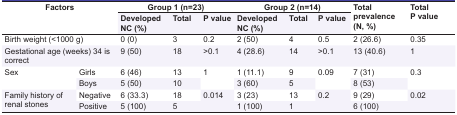
| <ROWSPAN=2-COLSPAN=2> Factors | <COLSPAN=3> Group 1 (n=23) | <COLSPAN=3> Group 2 (n=14) | <ROWSPAN=2> Total prevalence(N, %) | <ROWSPAN=2> Total P value |
 | Developed NC (%) | Total | P value | Developed NC (%) | Total | P value |
 | --- | --- | --- | --- | --- | --- | --- | --- | --- | --- |
 | <COLSPAN=2> Birth weight (<1000 g) | 0 (0) | 3 | 0.2 | 2 (50) | 4 | 0.5 | 2 (26.6) | 0.35 |
 | <COLSPAN=2> Gestational age (weeks) 34 is correct | 9 (50) | 18 | >0.1 | 4 (28.6) | 14 | >0.1 | 13 (40.6) | 1 |
 | <ROWSPAN=2> Sex | Girls | 6 (46) | 13 | <ROWSPAN=2> 1 | 1 (11.1) | 9 | <ROWSPAN=2> 0.09 | 7 (31) | <ROWSPAN=2> 0.3 |
 | Boys | 5 (50) | 10 | 3 (60) | 5 | 8 (53) |
 | <ROWSPAN=2> Family history of renal stones | Negative | 6 (33.3) | 18 | <ROWSPAN=2> 0.014 | 3 (23) | 13 | <ROWSPAN=2> 0.2 | 9 (29) | <ROWSPAN=2> 0.02 |
 | Positive | 5 (100) | 5 | 1 (100) | 1 | 6 (100) |